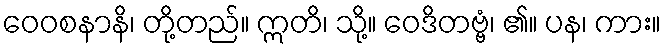
ဝေဝစနာနိ၊ တို့တည်။ ဣတိ၊ သို့။ ဝေဒိတဗ္ဗံ၊ ၏။ ပန၊ ကား။